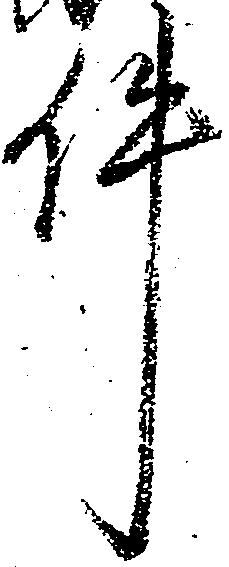
件